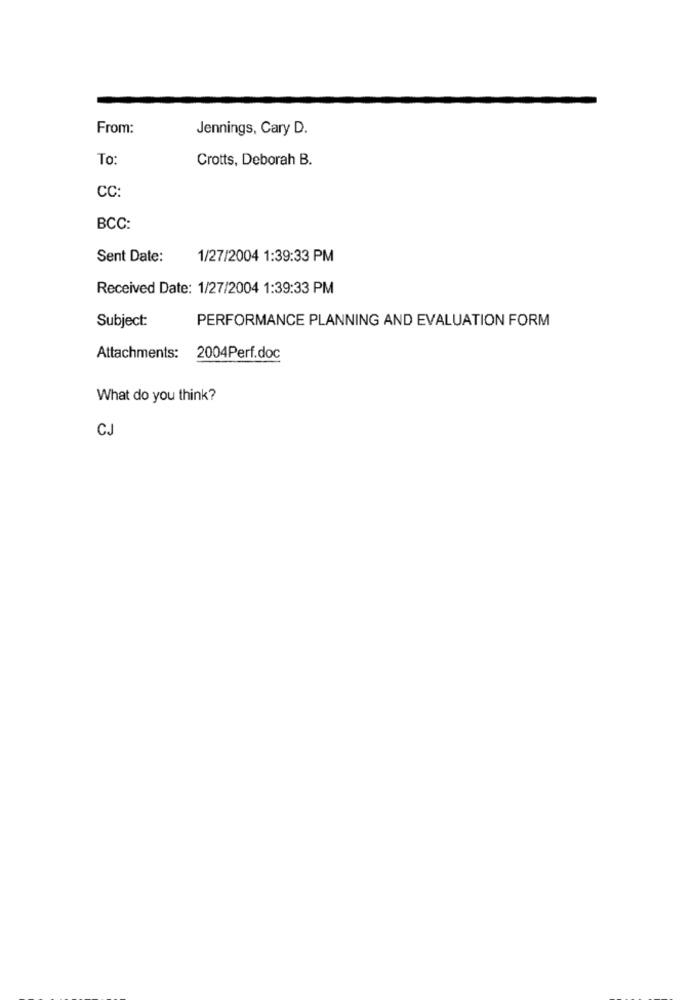
From:
Jennings, Cary D.
To:
Crotts, Deborah B.
CC:
BCC:
Sent Date:
1/27/2004 1:39:33 PM
Received Date: 1/27/2004 1:39:33 PM
Subject:
PERFORMANCE PLANNING AND EVALUATION FORM
Attachments: 2004Perf.doc
What do you think?
CJ